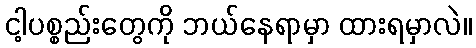
ငါ့ပစ္စည်းတွေကို ဘယ်နေရာမှာ ထားရမှာလဲ။